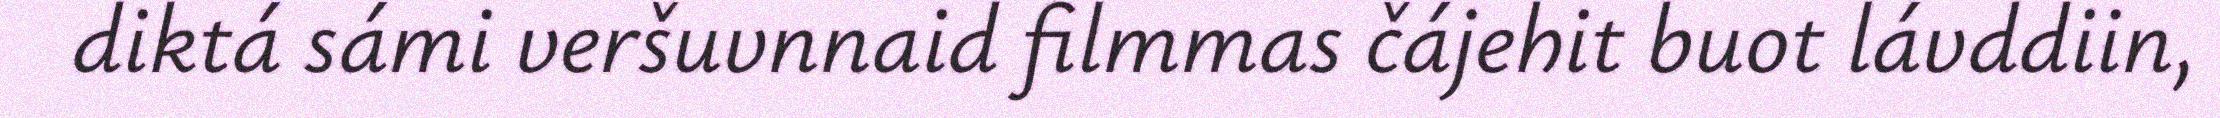
diktá sámi veršuvnnaid filmmas čájehit buot lávddiin,